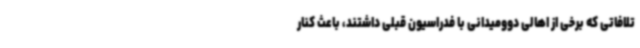
تلافاتی که برخی از اهالی دوومیدانی با فدراسیون قبلی داشتند، باعث کنار